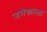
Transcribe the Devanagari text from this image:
जमैकाला